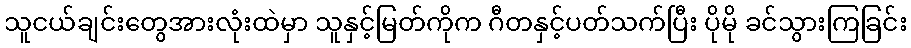
သူငယ်ချင်းတွေအားလုံးထဲမှာ သူနှင့်မြတ်ကိုက ဂီတနှင့်ပတ်သက်ပြီး ပိုမို ခင်သွားကြခြင်း